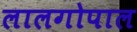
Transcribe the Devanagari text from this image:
लालगोपाल